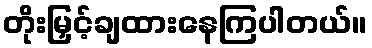
တိုးမြှင့်ချထားနေကြပါတယ်။